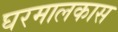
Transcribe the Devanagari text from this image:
घरमालकास